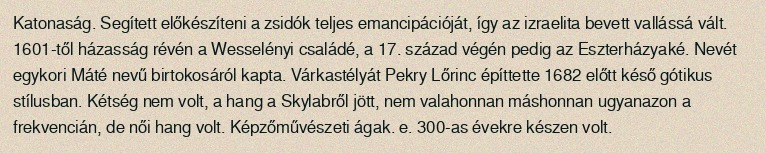
Katonaság. Segített előkészíteni a zsidók teljes emancipációját, így az izraelita bevett vallássá vált. 1601-től házasság révén a Wesselényi családé, a 17. század végén pedig az Eszterházyaké. Nevét egykori Máté nevű birtokosáról kapta. Várkastélyát Pekry Lőrinc építtette 1682 előtt késő gótikus stílusban. Kétség nem volt, a hang a Skylabről jött, nem valahonnan máshonnan ugyanazon a frekvencián, de női hang volt. Képzőművészeti ágak. e. 300-as évekre készen volt.